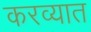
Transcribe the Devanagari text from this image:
करव्यात